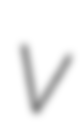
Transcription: V